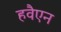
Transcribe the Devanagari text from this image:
हवैएन